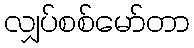
လျှပ်စစ်မော်တာ